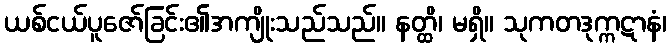
ယစ်ငယ်ပူဇော်ခြင်း၏အကျိုးသည်သည်။ နတ္ထိ၊ မရှိ။ သုကတဒုက္ကဋာနံ၊